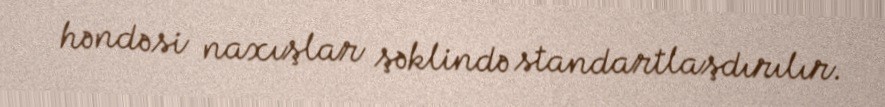
həndəsi naxışlar şəklində standartlaşdırılır.